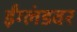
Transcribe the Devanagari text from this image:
ईंग्लंडवर